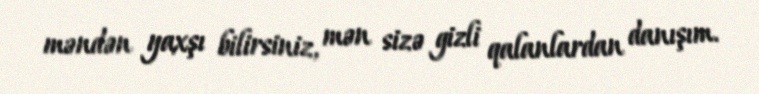
məndən yaxşı bilirsiniz, mən sizə gizli qalanlardan danışım.